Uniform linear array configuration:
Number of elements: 8
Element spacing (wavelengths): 0.25
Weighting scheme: hamming
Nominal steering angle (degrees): -45
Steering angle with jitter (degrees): -44.925
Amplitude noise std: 0.05
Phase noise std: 0.05

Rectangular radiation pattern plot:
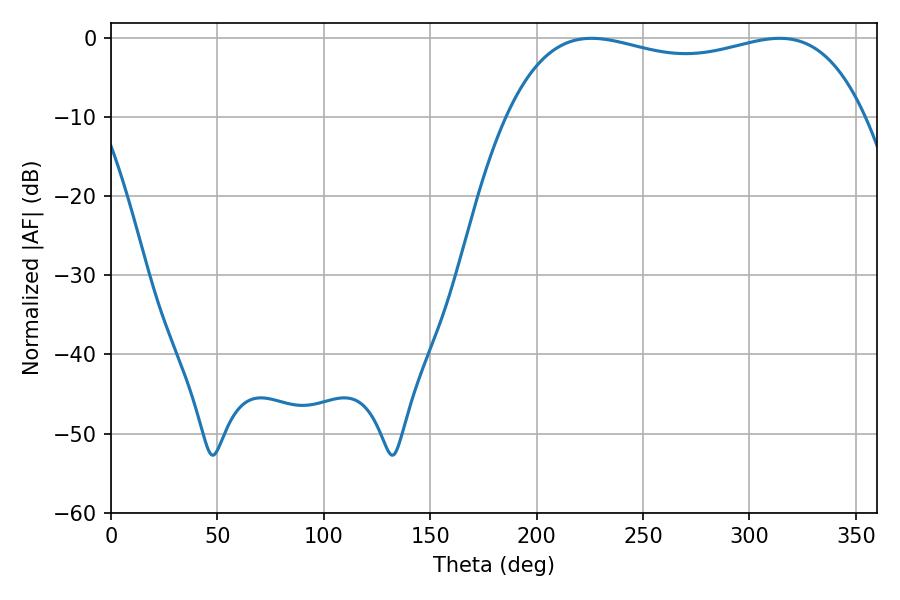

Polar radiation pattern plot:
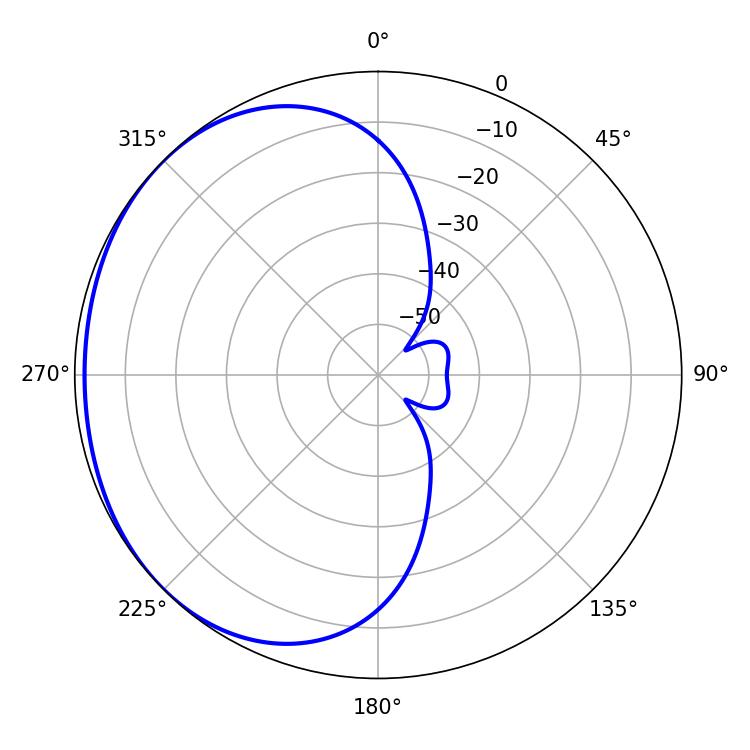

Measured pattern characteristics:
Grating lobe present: FALSE
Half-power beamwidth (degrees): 136.8
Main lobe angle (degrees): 225.72